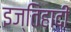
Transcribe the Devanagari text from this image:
इज्तिहादी